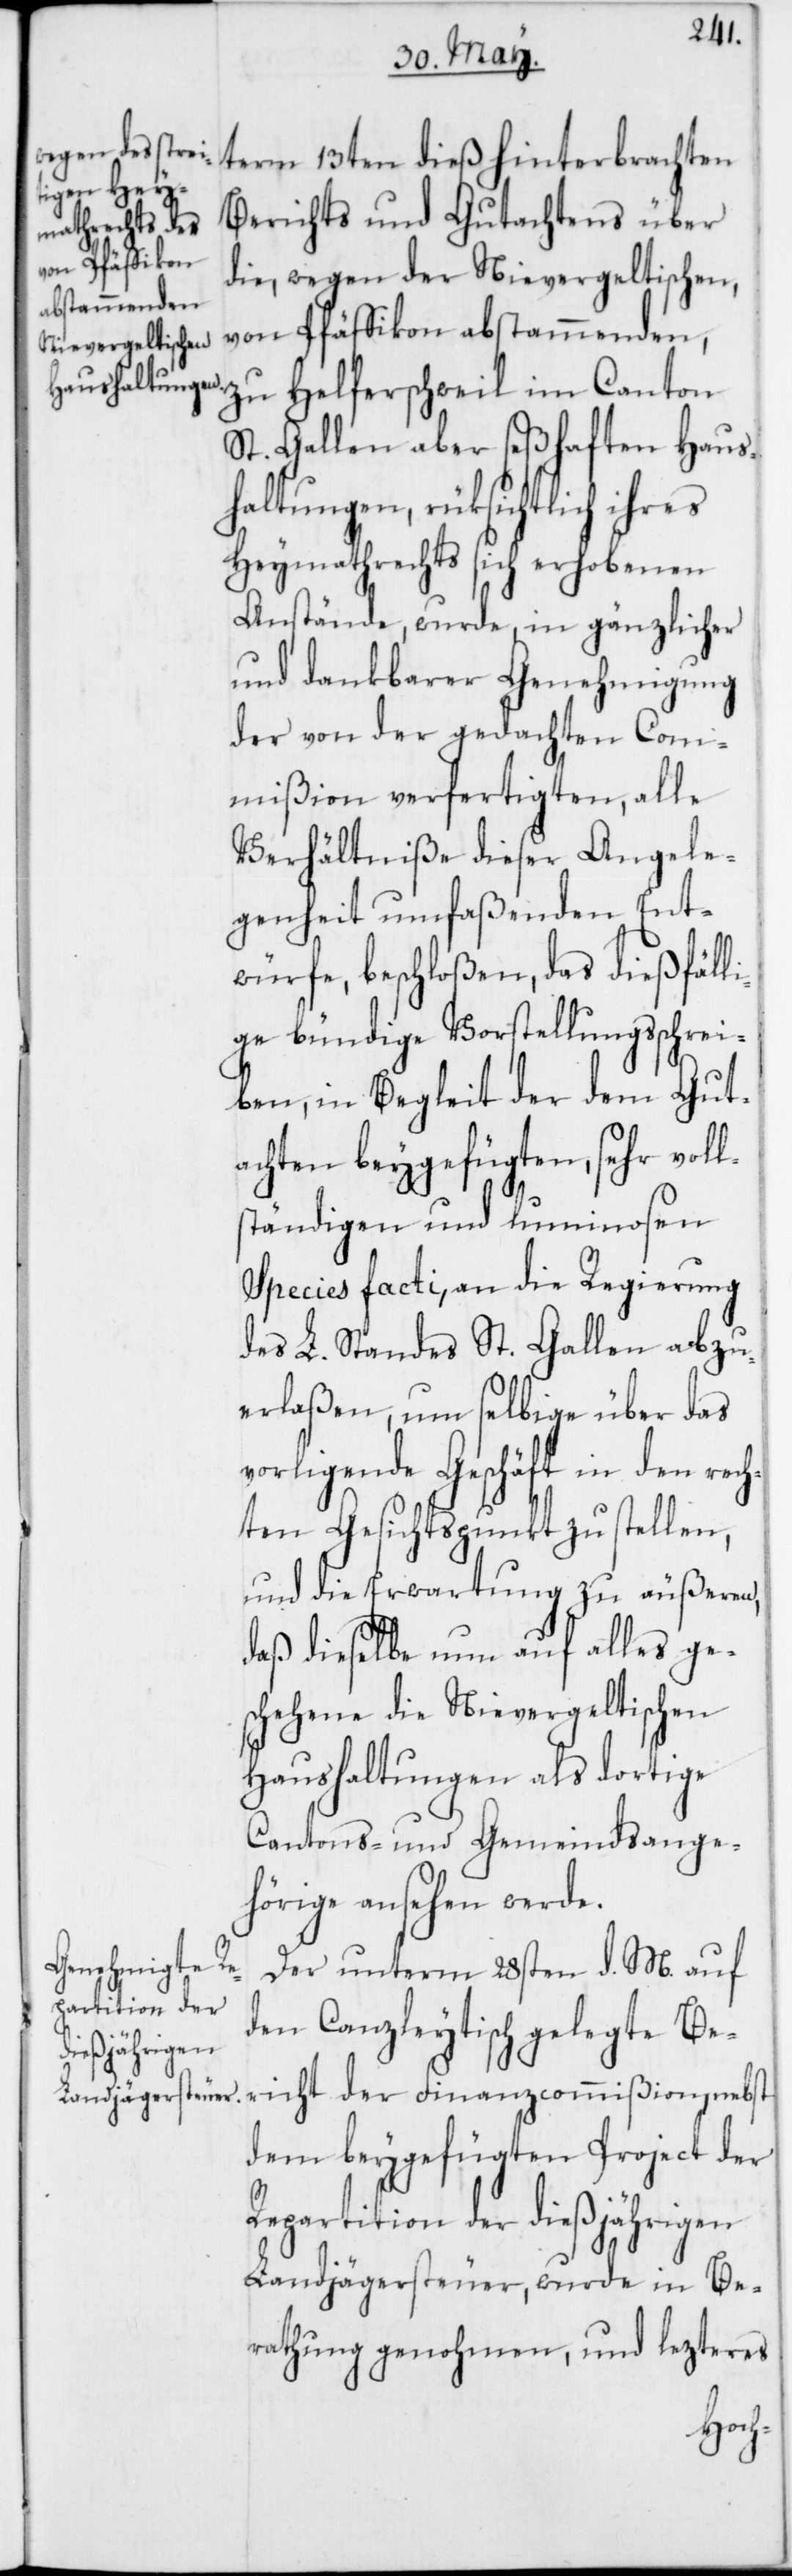
term 13ten dieß hinterbrachten
Berichts und Gutachtens über
die, wegen der Nievergeltischen,
von Pfäffikon abstammenden,
zu Helfersweil im Canton
St. Gallen aber seßhaften Haus¬
haltungen, rüksichtlich
Heymathrechts sich erhobenen
Anstände, wurde, in gänzlicher
und dankbarer Genehmigung
der von der gedachten Com¬
mißion verfertigten, alle
Verhältniße dieser Angele¬
genheit umfaßenden Ent¬
würfe, beschloßen, das dießfäll¬
ige bündige Vorstellungsschrei¬
ben, in Begleit der dem Gut¬
achten beygefügten, sehr voll¬
ständigen und luminosen
Species facti, an die Regierung
des L. Standes St. Gallen abzu¬
erlaßen, um selbige über das
vorligende Geschäft in den rech¬
ten Gesichtspunkt zu stellen,
und die Erwartung zu äußeren,
daß dieselbe nun auf alles ge¬
schehene die Nievergeltischen
Haushaltungen als dortige
Cantons- und Gemeindsange¬
hörige ansehen werde.
Der unterm 28sten d. M. auf
den Canzleytisch gelegte Ber¬
icht der Finanzcommißion, nebst
dem beygefügten Project der
Repartition der dießjährigen
Landjägersteuer, wurde in Be¬
rathung genohmen und lezteres